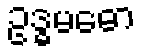
ဥဒ္ဓမဓော